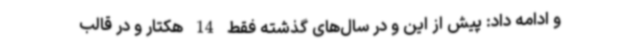
و ادامه داد: پیش از این و در سال‌های گذشته فقط 14 هکتار و در قالب